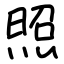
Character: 照